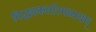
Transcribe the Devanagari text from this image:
विद्ध्यकर्तारमव्ययम्‌